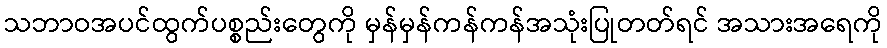
သဘာဝအပင်ထွက်ပစ္စည်းတွေကို မှန်မှန်ကန်ကန်အသုံးပြုတတ်ရင် အသားအရေကို